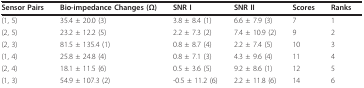
<table><thead><tr><td><b>Sensor Pairs</b></td><td><b>Bio-impedance Changes (Ω)</b></td><td><b>SNR I</b></td><td><b>SNR II</b></td><td><b>Scores</b></td><td><b>Ranks</b></td></tr></thead><tbody><tr><td>(1, 5)</td><td>35.4 ± 20.0 (3)</td><td>3.8 ± 8.4 (1)</td><td>6.6 ± 7.9 (3)</td><td>7</td><td>1</td></tr><tr><td>(2, 5)</td><td>23.2 ± 12.2 (5)</td><td>2.2 ± 7.3 (2)</td><td>7.4 ± 10.9 (2)</td><td>9</td><td>2</td></tr><tr><td>(2, 3)</td><td>81.5 ± 135.4 (1)</td><td>0.8 ± 8.7 (4)</td><td>2.2 ± 7.4 (5)</td><td>10</td><td>3</td></tr><tr><td>(1, 4)</td><td>25.8 ± 24.8 (4)</td><td>0.8 ± 7.1 (3)</td><td>4.3 ± 9.6 (4)</td><td>11</td><td>4</td></tr><tr><td>(2, 4)</td><td>18.1 ± 11.5 (6)</td><td>0.5 ± 3.6 (5)</td><td>9.2 ± 8.6 (1)</td><td>12</td><td>5</td></tr><tr><td>(1, 3)</td><td>54.9 ± 107.3 (2)</td><td>-0.5 ± 11.2 (6)</td><td>2.2 ± 11.8 (6)</td><td>14</td><td>6</td></tr></tbody></table>